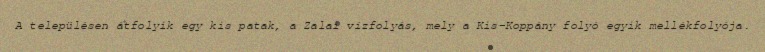
A településen átfolyik egy kis patak, a Zalai vízfolyás, mely a Kis-Koppány folyó egyik mellékfolyója.